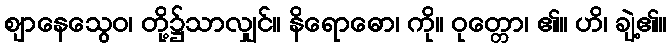
ဈာနေသွေဝ၊ တို့၌သာလျှင်။ နိရောဓော၊ ကို။ ဝုတ္တော၊ ၏။ ဟိ၊ ချဲ့၏။